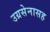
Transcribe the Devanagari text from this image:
उग्रसेनासह